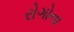
રોગોના